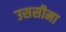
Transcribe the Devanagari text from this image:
उससीमा